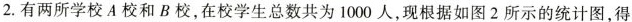
2.有两所学校A校和B校，在校学生总数共为1000人，现根据如图2所示的统计图，得